Medical and sanitary report of the native army of Bengal for the year
Year: 1874
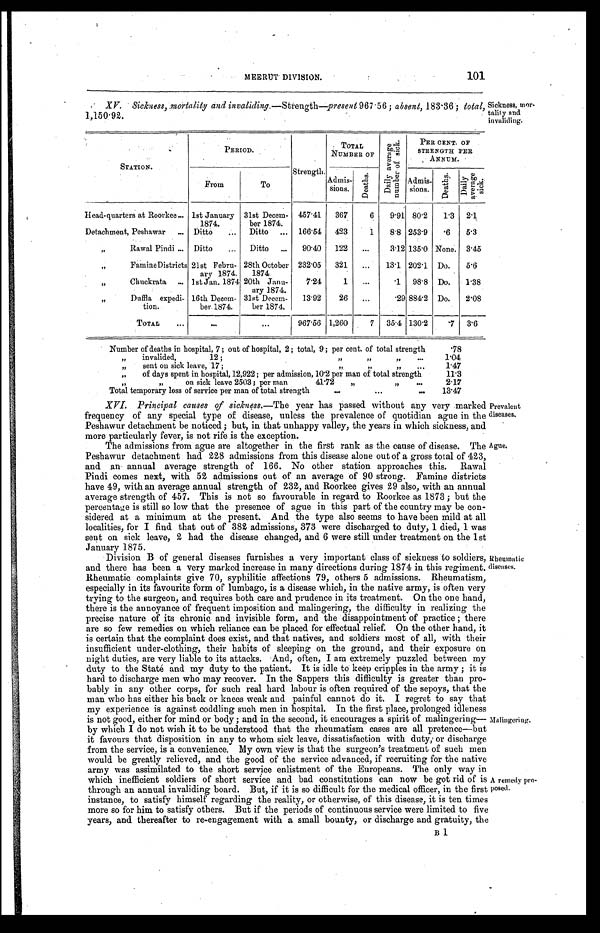
MEERUT DIVISION.
101
XV. Sickness, mortality and invaliding.—Strength—present 967.56; absent, 183.36; total,
1,150.92.
Sickness,
mor
-
tality
and
invaliding.
STATION.
PERIOD.
Strength.
TOTAL
NUMBER OF
D a i l y a v e r a g e n u mb e r o f s i c k .
PER CENT OF
STRENGTH PER
ANNUM.
From
To
Admis-
sions.
Deat hs .
Admis-
sions.
Deaths.
D a i l y a v e r a g e s i c k .
Head-quarters at Roorkee . . . 1st January
1874.
31st Decem-
ber 1874.
457.41
367
6
9.91 80.2
1.3
2.1
Detachment, Peshawar . . . Ditto . . .
Ditto . . .
166.54
423
1
8.8 253.9
.6
5.3
" Rawal Pindi . . . Ditto . . .
Ditto . . .
90.40
122
. . .
3.12 135.0 None. 3.45
" Famine Districts 21st Febru-
ary 1874.
28th October
1874.
232.05
321
. . .
13.1 202.1 Do.
5.6
" Chuckrata . . . 1st Jan. 1874 20th Janu-
ary 1874.
7.24
1
. . .
. 1 98.8 Do.
1.38
" Duffla expedi-
tion.
16th Decem-
ber. 1874.
31st Decem-
ber 1874.
13.92
26
. . .
. 2 9884.2 Do.
2.08
TOTAL . . .
. . .
. . .
967.56 1,260
7
35.4 130.2
. 7
3.6
Number of deaths in hospital, 7 ; out of hospital, 2 ; total, 9 ; per cent of total strength
.78
" invalided, 12 ; " " " . . .
1.04
" sent on sick leave, 17 ; " " " . . .
1.47
" of days spent in hospital, 12,922; per admission, 10.2 per man of total strength
11.3
" " on sick leave 2503 ; per man 41.72 " " . . .
2.17
Total temporary loss of service per man of total strength . . .
13.47
XVI. Principal causes of sickness.— The year has passed without any very marked
frequency of any special type of disease, unless the prevalence of quotidian ague in the
Peshawur detachment be noticed ; but, in that unhappy valley, the years in which sickness, and
more particularly fever, is not rife is the execution.
The admissions from ague are altogether in the first rank as the cause of disease. The
Peshawur detachment had 228 admissions from this disease alone out of a gross total of 423,
and an-annual average strength of 166. No other station approaches this. Rawal
Pindi comes next, with 52 admissions out of an average of 90 strong. Famine districts
have 49, with an average annual strength of 232, and Roorkee gives 29 also, with an annual
average strength of 457. This is not so favourable in regard to Roorkee as 1873 ; but the
percentage is still so low that the presence of ague in this part of the country may be con
-
sidered at a minimum at the present. And the type also seems to have been mild at all
localities, for I find that out of 382 admissions, 373 were discharged to duty, I died, I was
sent on sick leave, 2 had the disease changed, and 6 were still under treatment on the 1st
January 1875.
Division B of general diseases furnishes a very important class of sickness to soldiers,
and there has been a very marked increase in many directions during 1874 in this regiment.
Rheumatic complaints give 70, syphilitic affections 79, others 5 admissions. Rheumatism,
especially in its favourite form of lumbago, is a disease which, in the native army, is often very
trying to the surgeon, and requires both care and prudence in its treatment. On the one hand,
there is the annoyance of frequent imposition and malingering, the difficulty in realizing the
precise nature of its chronic and invisible form, and the disappointment of practice ; there
are so few remedies on which reliance can be placed for effectual relief. On the other hand, it
is certain that the complaint does exist, and that natives, and soldiers most of all, with their
insufficient under-clothing, their habits of sleeping on the ground, and their exposure on
night duties, are very liable to its attacks. And, often, I am extremely puzzled between my
duty to the Staté and my duty to the patient. It is idle to keep cripples in the army ; it is
hard to discharge men who may recover. In the Sappers this difficulty is greater than pro
-
bably in any other corps, for such real hard labour is often required of the sepoys, that the
man who has either his back or knees weak and painful cannot do it. I regret to say that
my experience is against coddling such men in hospital. In the first place, prolonged idleness
is not good, either for mind or body ; and in the second, it encourages a spirit of malingering
—
by which I do not wish it to be understood that the rheumatism cases are all pretence—but
it favours that disposition in any to whom sick leave, dissatisfaction with duty, or discharge
from the service, is a convenience. My own view is that the surgeon's treatment of such men
would be greatly relieved, and the good of the service advanced, if recruiting for the native
army was assimilated to the short service enlistment of the Euroneans. The only way in
which inefficient soldiers of short service and bad constitutions can now be got rid of is
through an annual invaliding board. But, if it is so difficult for the medical officer, in the first
instance, to satisfy himself regarding the reality, or otherwise, of this disease, it is ten times
more so for him to satisfy others. But if the periods of continuous service were limited to five
years, and thereafter to re-engagement with a small bounty, or discharge and gratuity, the
Prevalent
diseases.
Ague.
Rheumatic
diseases.
Malingering.
A remedy pro
-
posed.
B 1